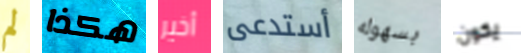
لم هكذا أخير أستدعى بسهوله يكون